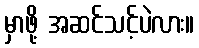
မှာဖို့ အဆင်သင့်ပဲလား။